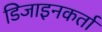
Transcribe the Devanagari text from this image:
डिजाइनकर्ता